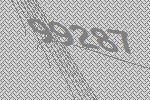
99287